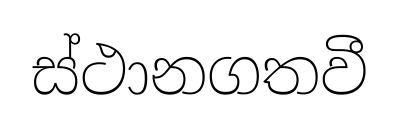
ස්ථානගතවී